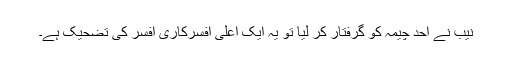
نیب نے احد چیمہ کو گرفتار کر لیا تو یہ ایک اعلیٰ افسرکاری افسر کی تضحیک ہے۔